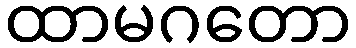
ထာမဂတော